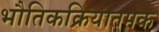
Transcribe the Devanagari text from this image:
भौतिकक्रियातमक